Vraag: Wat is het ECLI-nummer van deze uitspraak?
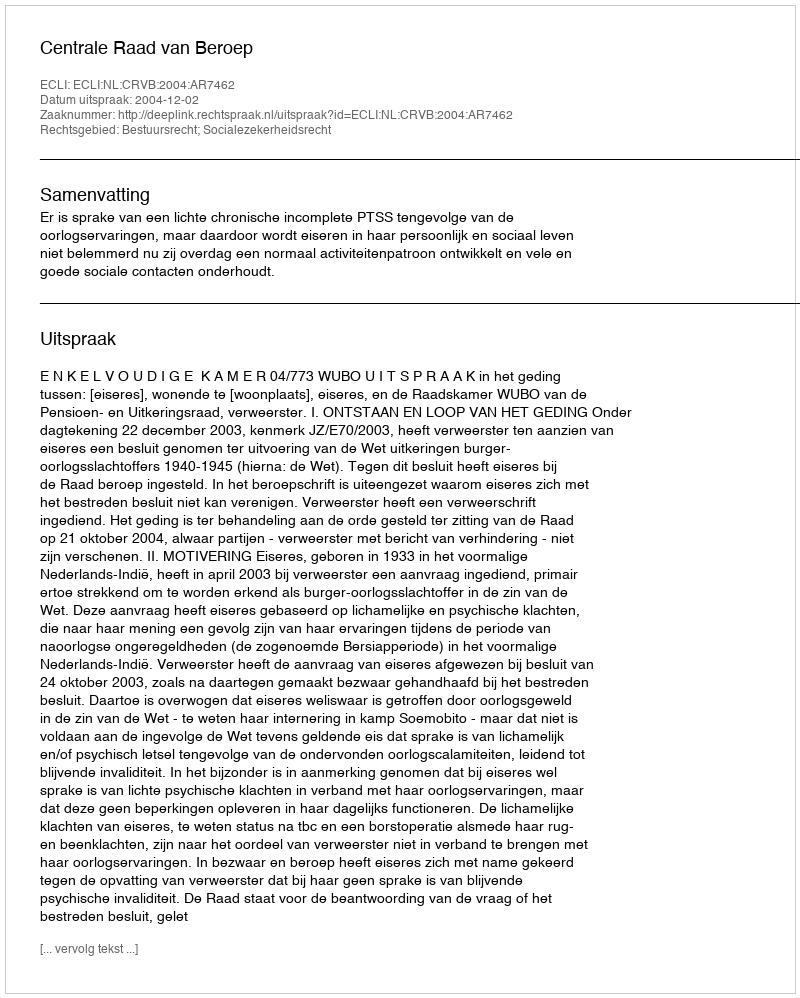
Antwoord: ECLI:NL:CRVB:2004:AR7462